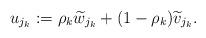
LaTeX: \begin{align*}u_{j_{k}}:=\rho_{k}\widetilde{w}_{j_{k}} + (1-\rho_{k})\widetilde{v}_{j_{k}}. \end{align*}